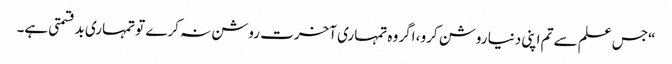
“جس علم سے تم اپنی دنیا روشن کرو، اگر وہ تمہاری آخرت روشن نہ کرے تو تمہاری بدقسمتی ہے۔